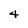
Character: 4